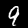
Digit: 9